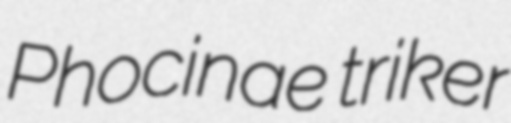
Phocinae triker